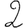
Digit: 2